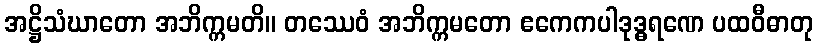
အဋ္ဌိသံဃာတော အဘိက္ကမတိ။ တဿေဝံ အဘိက္ကမတော ဧကေကပါဒုဒ္ဓရဏေ ပထဝီဓာတု